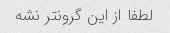
لطفا از این گرونتر نشه